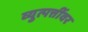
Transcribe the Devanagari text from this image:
व्युत्पत्तींवर